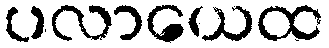
ပလာယေထ